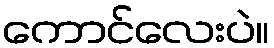
ကောင်လေးပဲ။